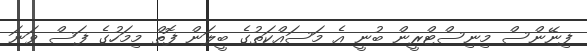
ފިނޭންސް މިނިސްޓްރީން ބުނީ އެ މަސައްކަތުގެ ބީލަން ފޮތް މިމަހުގެ ފަސް ވަނަ